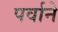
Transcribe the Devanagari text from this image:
पर्वाने